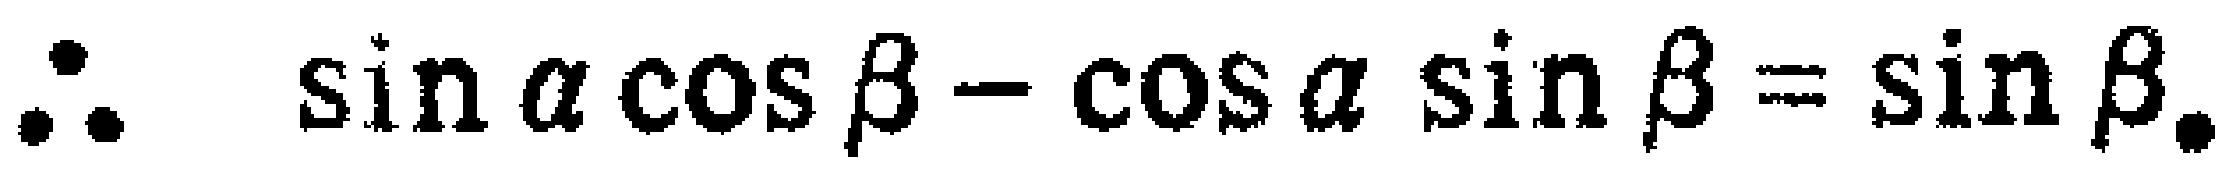
\(\therefore \ \sin \alpha \cos \beta - \cos \alpha \sin \beta = \sin \beta.\)